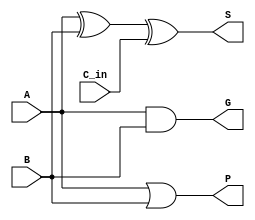

module Add1
(
  input   A     ,
  input   B     ,
  input   C_in  ,
  output  S     ,
  output  G     ,
  output  P
);

assign S = A ^ B ^ C_in;
assign G = A & B;
assign P = A | B;

endmodule 

// instantiation
/*

Add1 Add1_inst(
  .A    (A    ),
  .B    (B    ),
  .C_in (C_in ),
  .S    (S    ),
  .G    (G    ),
  .P    (P    )
)

*/